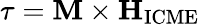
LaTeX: \mathbf{\tau}=\mathbf{M}\times\mathbf{H}_{\mathrm{ICME}}